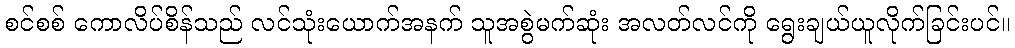
စင်စစ် ကောလိပ်စိန်သည် လင်သုံးယောက်အနက် သူအစွဲမက်ဆုံး အလတ်လင်ကို ရွေးချယ်ယူလိုက်ခြင်းပင်။